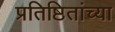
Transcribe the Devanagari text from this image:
प्रतिष्ठितांच्या